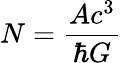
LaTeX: N={\frac{Ac^{3}}{\hbar G}}